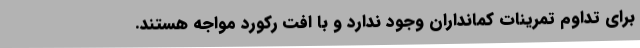
برای تداوم تمرینات کمانداران وجود ندارد و با افت رکورد مواجه هستند.